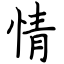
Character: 情